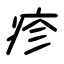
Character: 疹